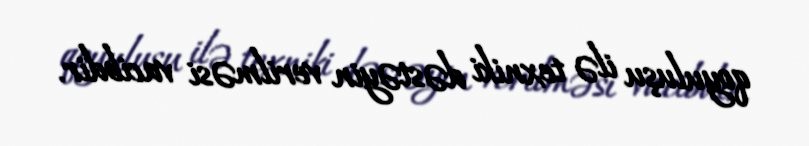
qoyuluşu ilə texniki dəstəyin verilməsi vacibdir.